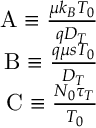
\begin{array} { r } { \mathrm { A } \equiv \frac { \mu k _ { B } T _ { 0 } } { q D _ { T } } } \\ { \mathrm { B } \equiv \frac { q \mu s T _ { 0 } } { D _ { T } } } \\ { \mathrm { C } \equiv \frac { N _ { 0 } \tau _ { T } } { T _ { 0 } } } \end{array}